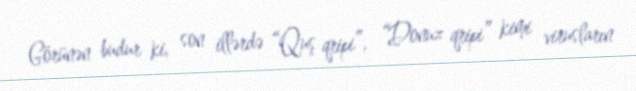
Görünən budur ki, son illərdə “Quş qripi”, “Donuz qripi” kimi virusların